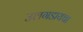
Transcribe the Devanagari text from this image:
उलगडायचा